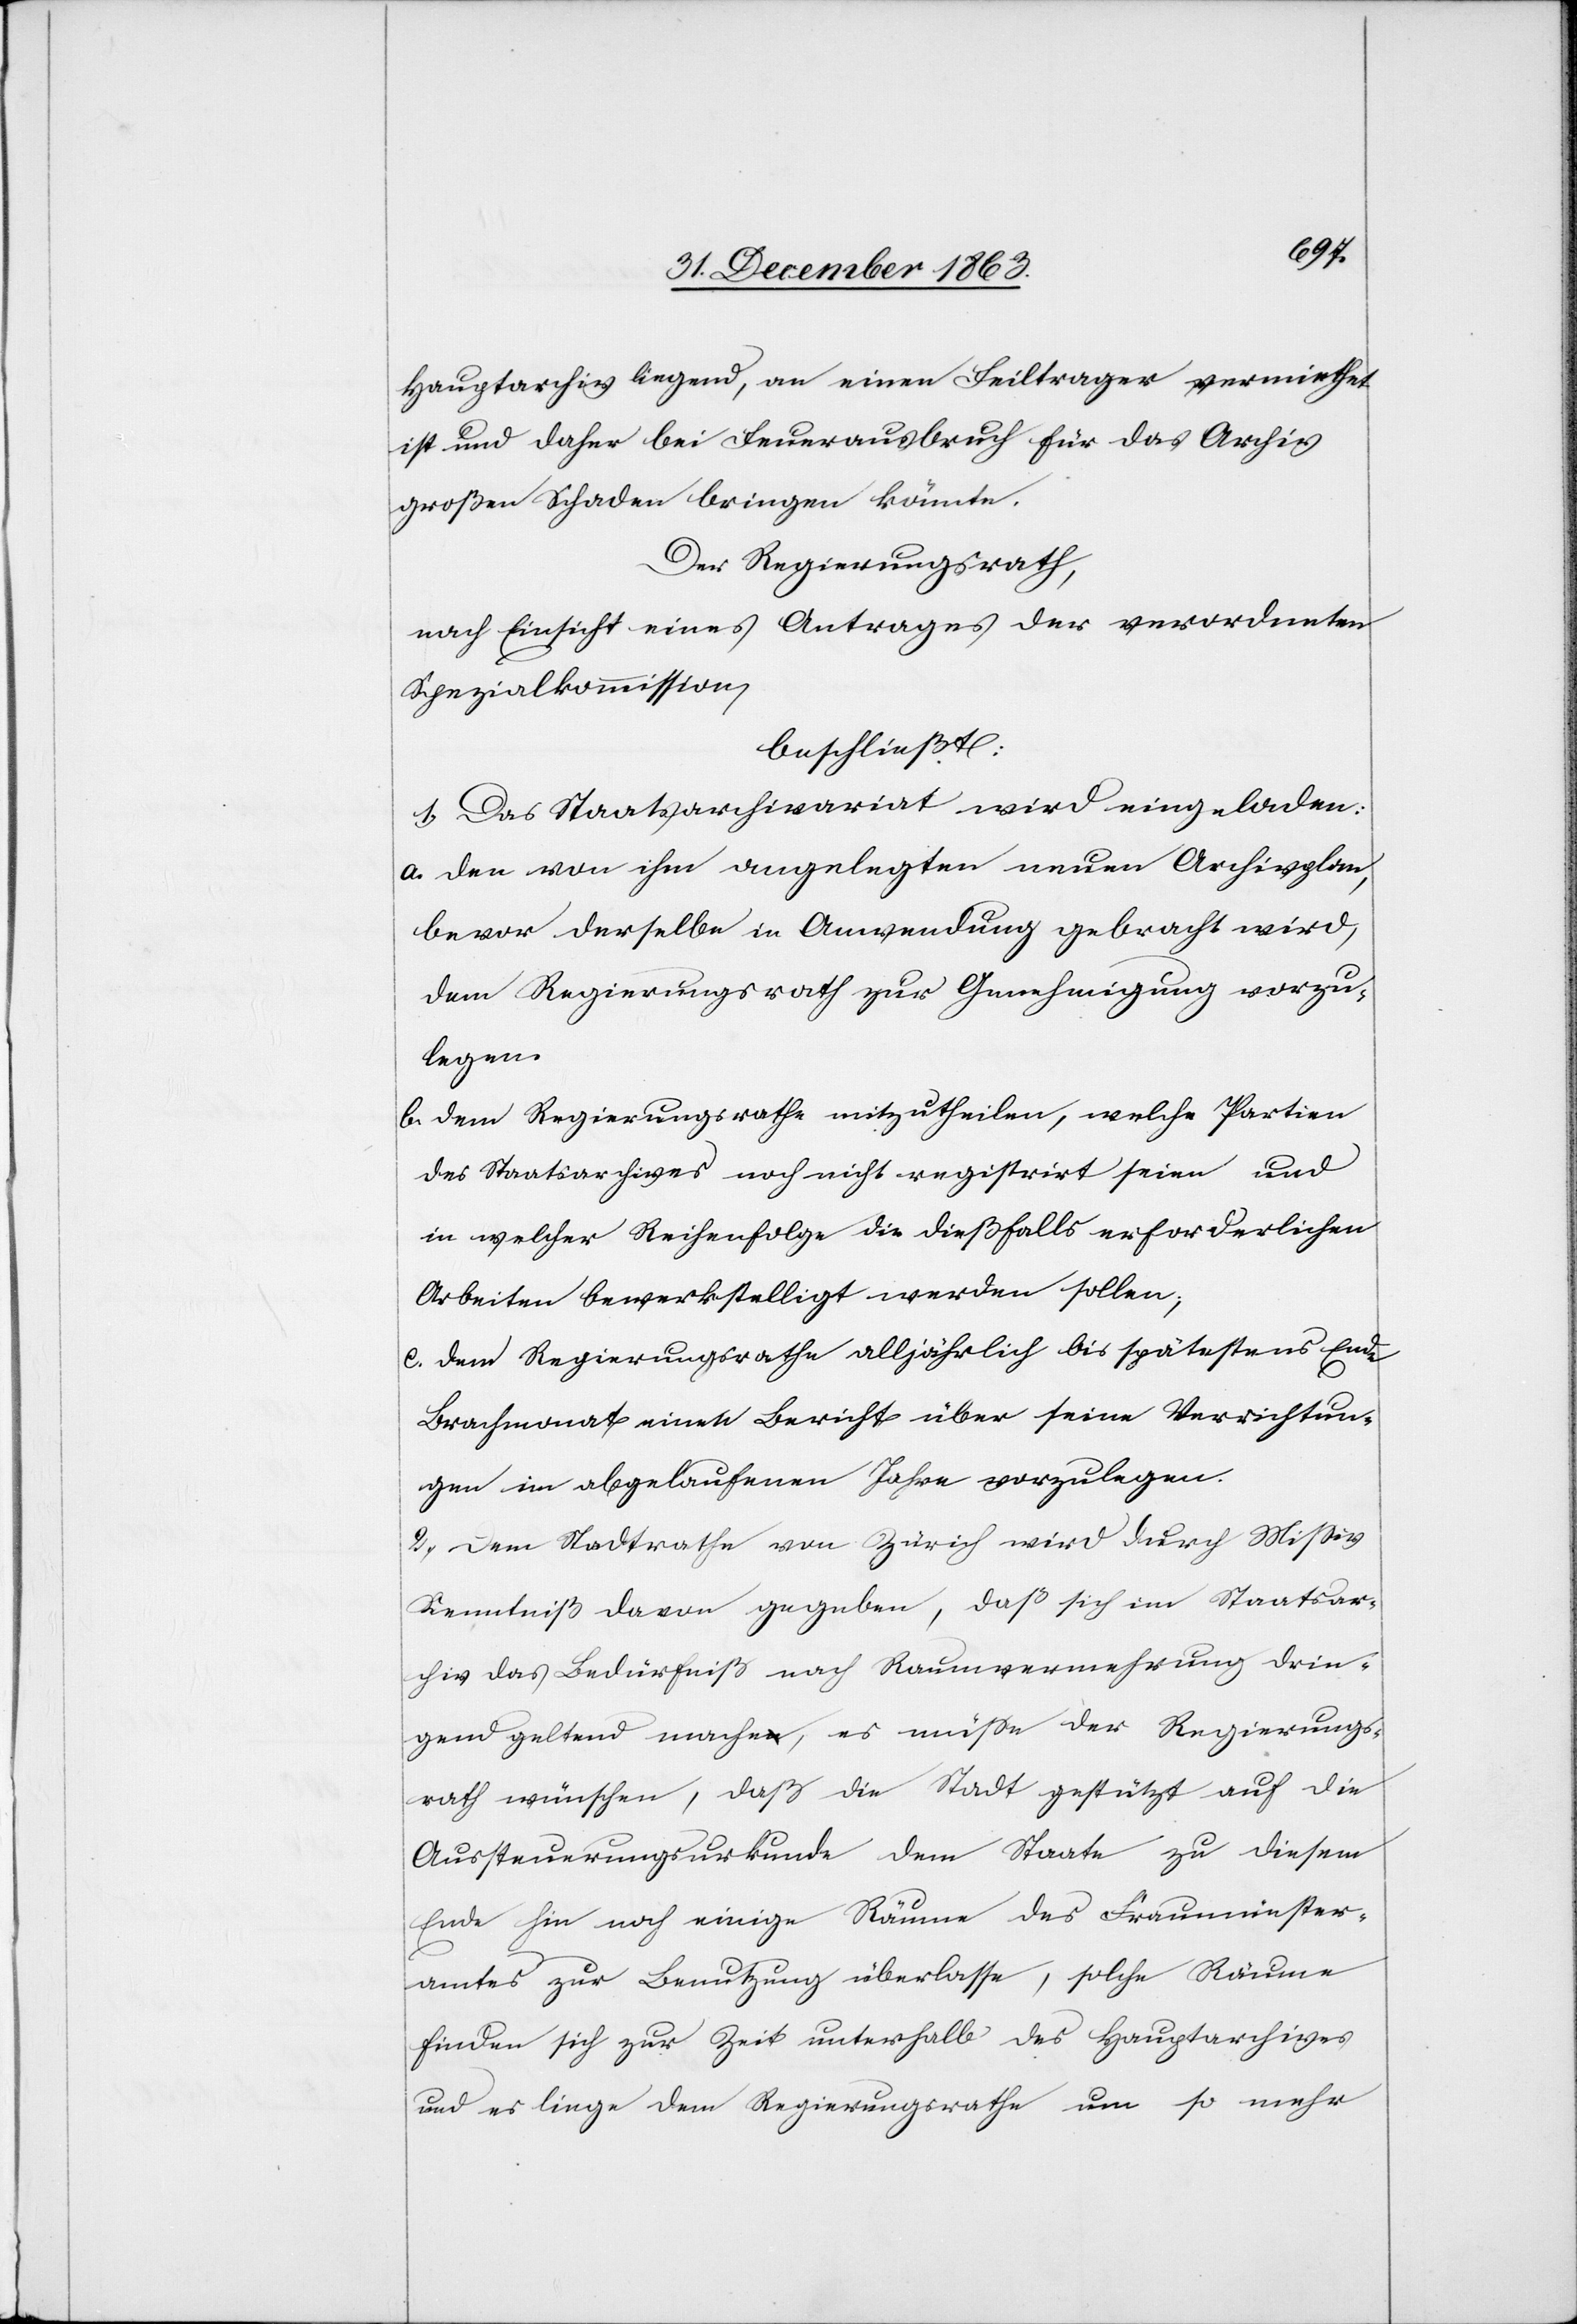
Hauptarchiv liegend, an einen Feiltrager vermiethet
ist und daher bei Feuerausbruch für das Archiv
großen Schaden bringen könnte.
Der Regierungsrath,
nach Einsicht eines Antrages der verordneten
Spezialkommission,
beschließt:
1.) Das Staatsarchivariat wird eingeladen:
a. den von ihm angelegten neuen Archivplan,
bevor derselbe in Anwendung gebracht wird,
dem Regierungsrath zur Genehmigung vorzu¬
legen.
b. dem Regierungsrathe mitzutheilen, welche Partien
des Staatsarchives noch nicht registrirt seien und
in welcher Reihenfolge die dießfalls erforderlichen
Arbeiten bewerkstelligt werden sollen;
c. dem Regierungsrathe alljährlich bis spätestens Ende
Brachmonat einen Bericht über seine Verrichtun¬
gen im abgelaufenen Jahre vorzulegen.
2.) Dem Stadtrathe von Zürich wird durch Missiv
Kenntniß davon gegeben, daß sich im Staatsar¬
chiv das Bedürfniß nach Raumvermehrung drin¬
gend geltend mache, es müsse der Regierungs¬
rath wünschen, daß die Stadt gestützt auf die
Aussteuerungsurkunde dem Staate zu diesem
Ende hin noch einige Räume des Fraumünster¬
amtes zur Benutzung überlasse, solche Räume
finden sich zur Zeit unterhalb des Hauptarchives
und es liege dem Regierungsrathe um so mehr